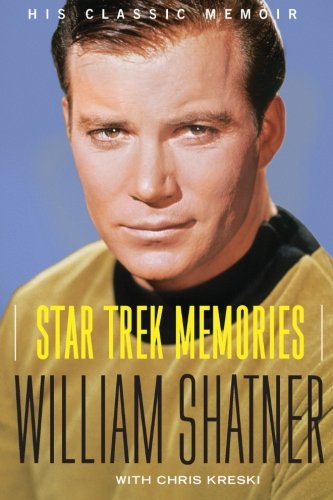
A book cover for Star Trek Memories; William Shatner; Humor & Entertainment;